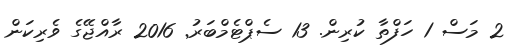
2 މަސް 1 ހަފްތާ ކުރިން. 13 ސެޕްޓެމްބަރު